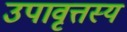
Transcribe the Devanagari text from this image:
उपावृत्तस्य